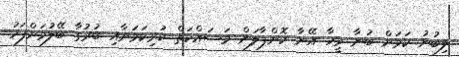
ލިބުނު ކަމަށް ބުނާ މީހާ އޭނާ ކޮށްޕާލަން މަސައްކަތް ކުރިކަމަށާއި ބުރުގާ ބޭލުމަށްފަހު